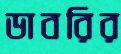
ডাবরির